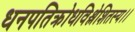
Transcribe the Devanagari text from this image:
धनपतिक्रोधविश्लेशितस्य।।